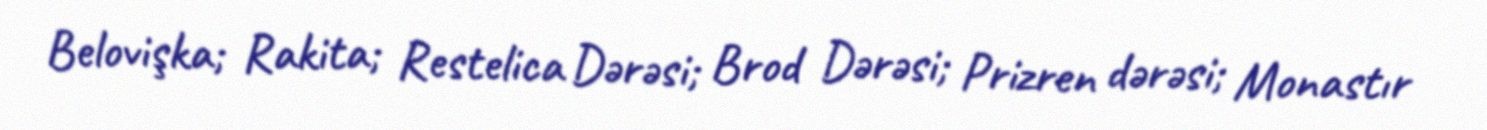
Belovişka; Rakita; Restelica Dərəsi; Brod Dərəsi; Prizren dərəsi; Monastır